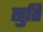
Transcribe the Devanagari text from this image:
स्रुति